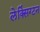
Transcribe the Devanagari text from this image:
लेक्सिंग्‍टन